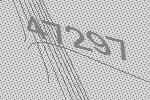
47297